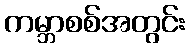
ကမ္ဘာစစ်အတွင်း